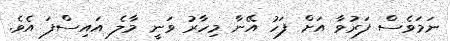
ނަމަވެސް ފަރުވާ އަށް ފަހު އޭނާ މިހާރު ވަނީ މާލެ އައިސްފަ އެވެ.